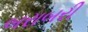
બરાબરી